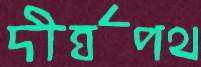
দীর্ঘপথ